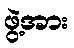
ဖွဲ့အား